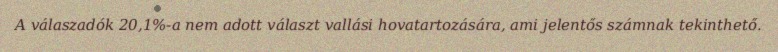
A válaszadók 20,1%-a nem adott választ vallási hovatartozására, ami jelentős számnak tekinthető.